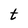
Character: t